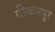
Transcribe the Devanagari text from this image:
वीकमपुर